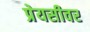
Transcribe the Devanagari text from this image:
प्रेयसीवर